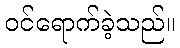
ဝင်ရောက်ခဲ့သည်။